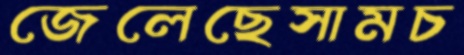
জেলেছেসামচ